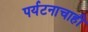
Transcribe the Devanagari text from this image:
पर्यटनाचाही